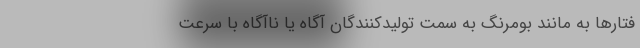
فتارها به مانند بومرنگ به سمت تولیدکنندگان آگاه یا ناآگاه با سرعت